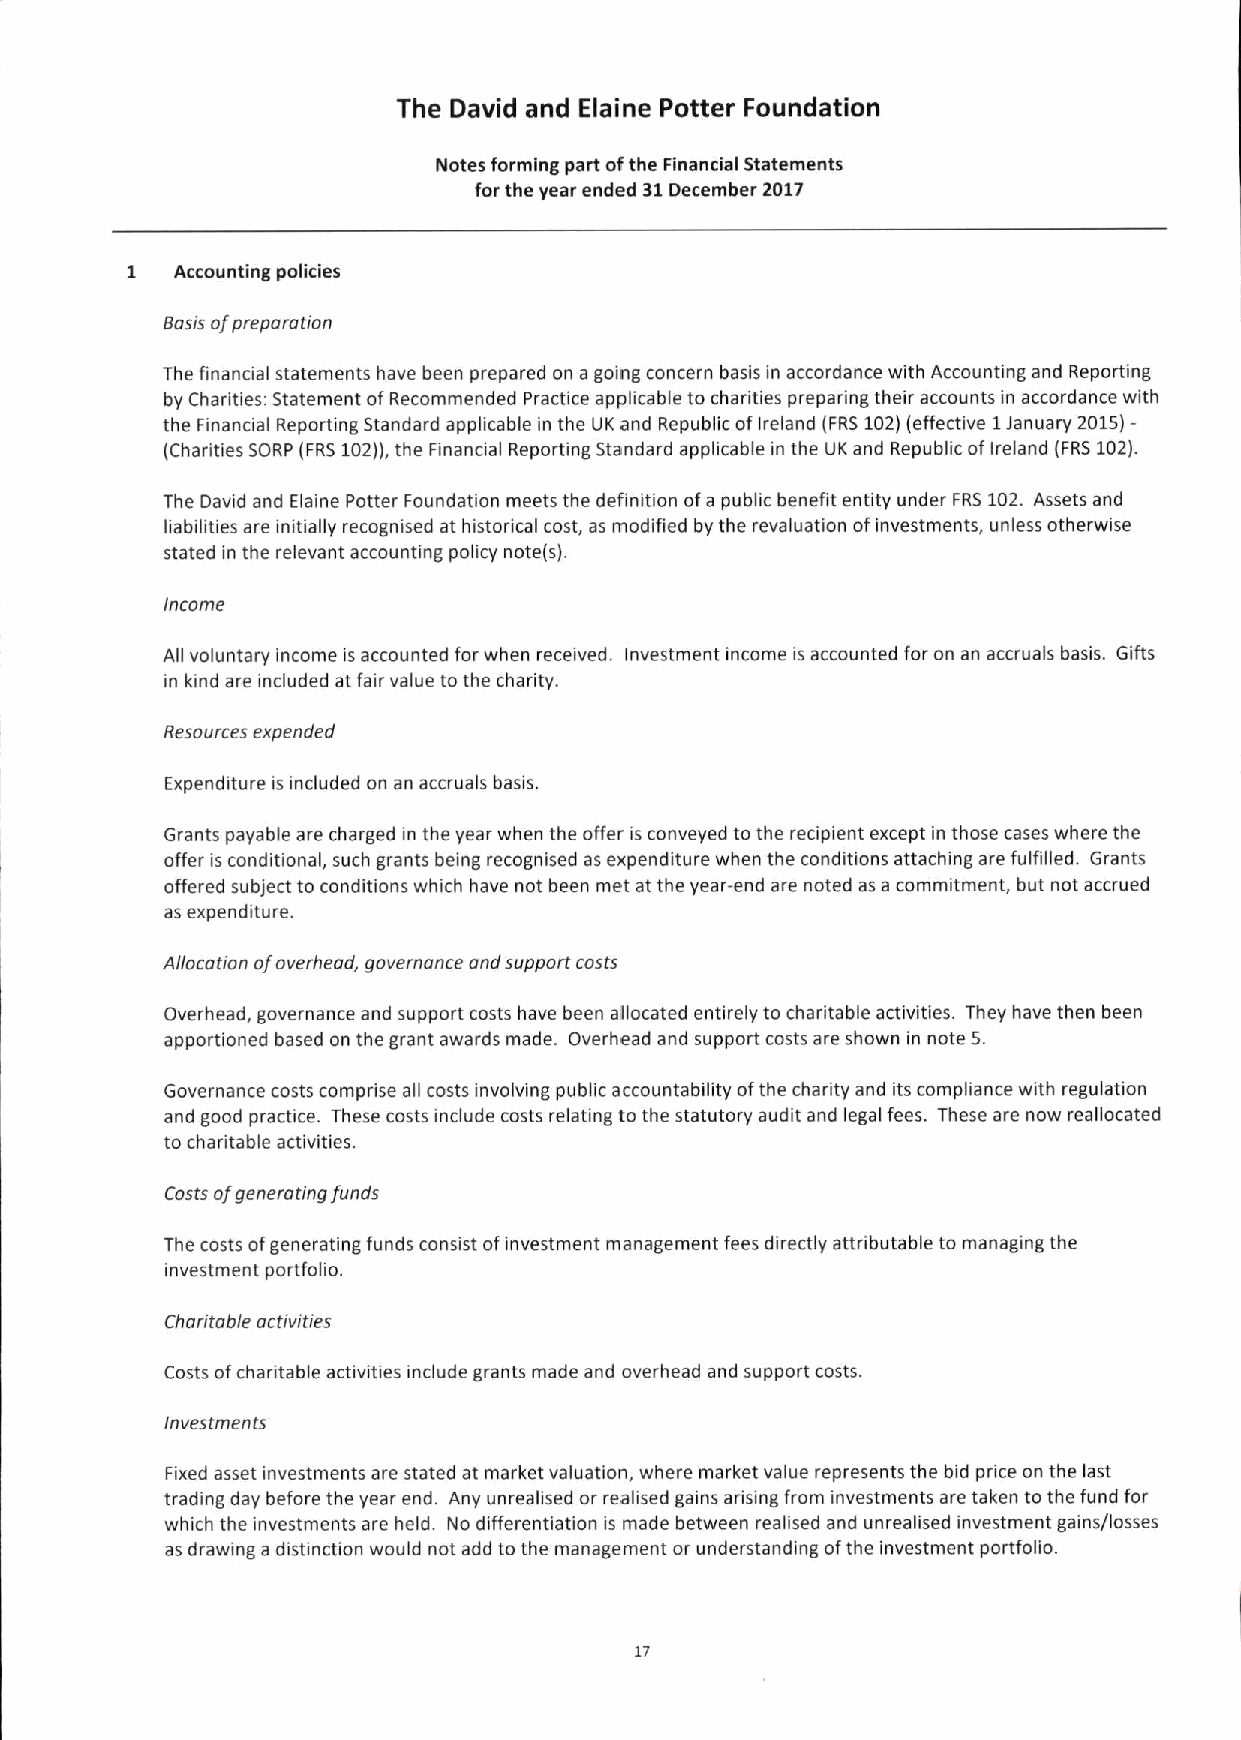
The David and Elaine Potter Foundation
 Notes forming part ofthe Financial Statements
 for the year ended 31December 2012
 1   Accounting policies
 Basis ofpreparation
 The financial statements have been prepared on a going concern basis in accordance with Accounting and Reporting
 by Charities: Statement ofRecommended Practice applicable to charities preparing their accounts in accordance with
 the Financial Reporting Standard applicable in the UK and Republic ofIreland (FRS102)(effective 1lanuary 201S)—
 (Charities SORP (FRS 102)),the Financial Reporting Standard applicable in the UK and Republic of Ireland (FRS102).
 The David and Elaine Potter Foundation meets the definition ofa public benefit entity under FRS102. Assets and
 liabilities are initially recognised at historical cost, as modified by the revaluation ofinvestments, unless otherwise
 stated in the relevant accounting policy note(s).
 Income
 All voluntary income is accounted for when received. Investment income is accounted for on an accruals basis. Gifts
 in kind are included at fair value to the charity.
 Resources expended
 Expenditure is included on an accruals basis.
 Grants payable are charged in the year when the offer is conveyed to the recipient except in those cases where the
 offer is conditional, such grants being recognised as expenditure when the conditions attaching are fulfilled. Grants
 offered subject to conditions which have not been met at the year-end are noted as a commitment, but not accrued
 as expenditure.
 Allocation ofoverhead, governance and support costs
 Overhead, governance and support costs have been allocated entirely to charitable activities. They have then been
 apportioned based on the grant awards made. Overhead and support costs are shown in note S.
 Governance costs comprise all costs involving public accountability ofthe charity and its compliance with regulation
 and good practice. These costs include costs relating tothe statutory audit and legal fees. These are now reallocated
 to charitable activities.
 Costs ofgenerating funds
 The costs ofgenerating funds consist ofinvestment management fees directly attributable to managing the
 investment portfolio.
 Choritable activities
 Costs ofcharitable activities include grants made and overhead and support costs.
 Investments
 Fixed asset investments are stated at market valuation, where market value represents the bid price on the last
 trading day before the year end. Any unrealised or realised gains arising from investments are taken to the fund for
 which the investments are held. No differentiation is made between realised and unrealised investment gains/losses
 as drawing a distinction would not add to the management or understanding ofthe investment portfolio.